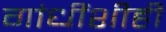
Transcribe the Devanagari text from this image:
गांधींशीही